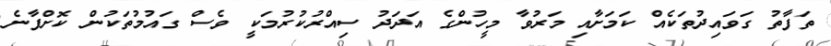
ތަފާތު ގަވައިދުތަކެއް ކަމަށާއި މަރުވާ މީހުންގެ އަދަދު ސިއްރުކުރުމަކީ ވެސް ގައުމުތަކުން ކޮށްފާނެ